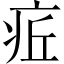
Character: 𤵢